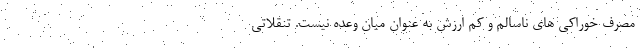
مصرف خوراکی های ناسالم و کم ارزش به عنوان میان وعده نیست. تنقلاتی